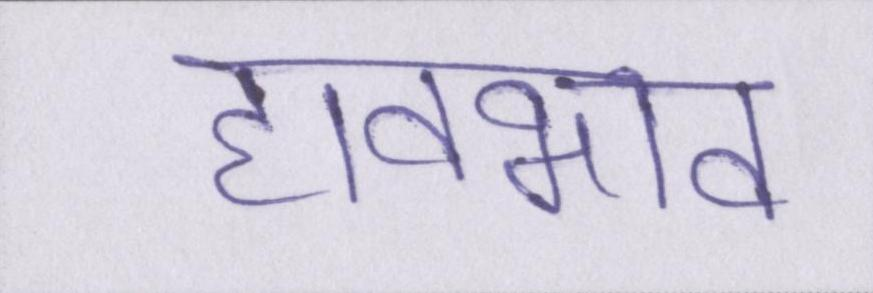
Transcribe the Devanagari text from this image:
हावभाव